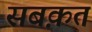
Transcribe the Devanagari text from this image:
सबक़त